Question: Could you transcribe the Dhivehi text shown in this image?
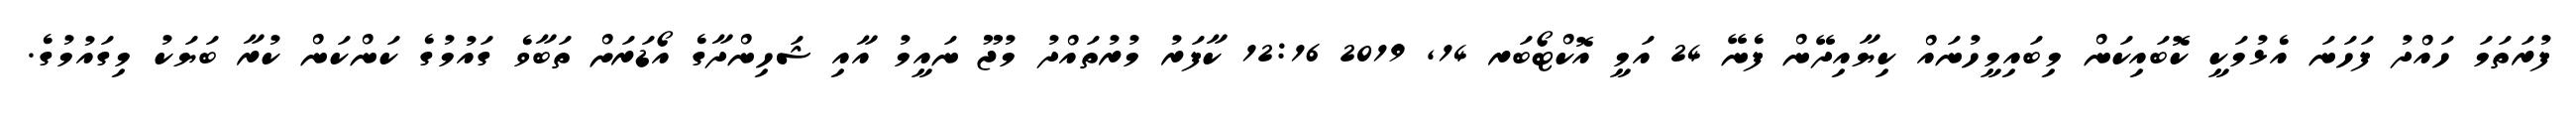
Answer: ފުރަތަމަ ހައްދު ފަހަނަ އެޅުމަކީ ކޮބައިކަން މިބައިމީހުނައް ކިޔާއިދޭން ފެނޭ 24 އަމީ އޮކްޓޯބަރ 14, 2019 12:16 ކާފަރު މުރުތައްދު މުޖޫ ނައީމު އާއި ޝަހިންދާގެ އޯޑަރަށް ތަބާވެ ގައުމުގެ ކަންކަން ކުރާ ބަޔަކު މިގައުމުގެ.